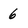
Character: 6